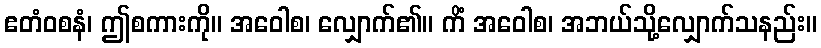
ဧတံဝစနံ၊ ဤစကားကို။ အဝေါစ၊ လျှောက်၏။ ကိံ အဝေါစ၊ အဘယ်သို့လျှောက်သနည်း။